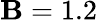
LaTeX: \mathbf{B}=1.2